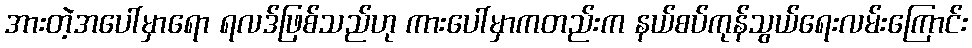
အားတဲ့အပေါ်မှာရော ရလဒ်ဖြစ်သည်ဟု ကားပေါ်မှာကတည်းက နယ်စပ်ကုန်သွယ်ရေးလမ်းကြောင်း